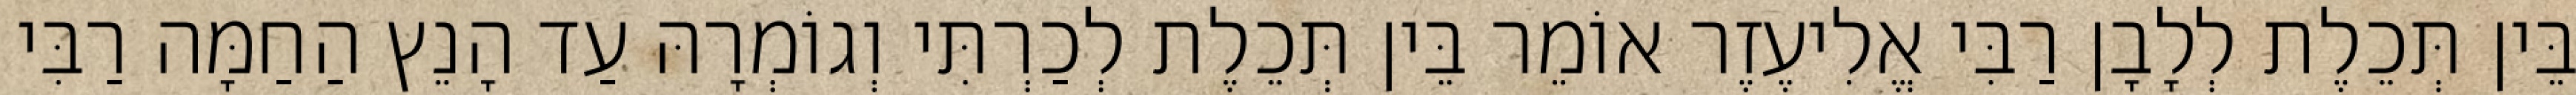
בֵּין תְּכֵלֶת לְלָבָן רַבִּי אֱלִיעֶזֶר אוֹמֵר בֵּין תְּכֵלֶת לְכַרְתִּי וְגוֹמְרָהּ עַד הָנֵץ הַחַמָּה רַבִּי